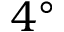
4 ^ { \circ }